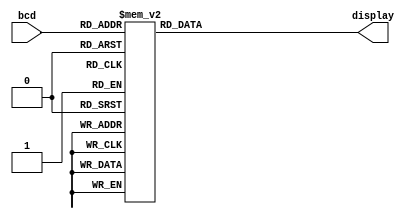
module bcd7seg (bcd, display);
	input [3:0] bcd;
	output [0:6] display;

	reg [0:6] display;

	/*
	 *       0  
	 *      ---  
	 *     |   |
	 *    5|   |1
	 *     | 6 |
	 *      ---  
	 *     |   |
	 *    4|   |2
	 *     |   |
	 *      ---  
	 *       3  
	 */
	always @ (bcd)
		case (bcd)
			4'h0: display = 7'b0000001;
			4'h1: display = 7'b1001111;
			4'h2: display = 7'b0010010;
			4'h3: display = 7'b0000110;
			4'h4: display = 7'b1001100;
			4'h5: display = 7'b0100100;
			4'h6: display = 7'b0100000;
			4'h7: display = 7'b0001111;
			4'h8: display = 7'b0000000;
			4'h9: display = 7'b0000100;
			default: display = 7'bx;
		endcase
		
endmodule